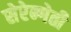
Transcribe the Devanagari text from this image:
सेरेन्गेती